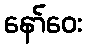
နော်ဝေး